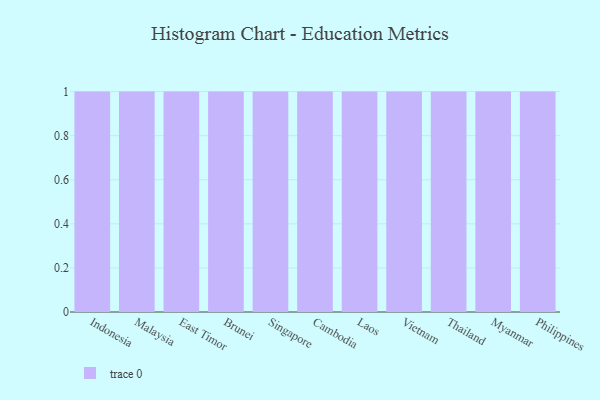
{"axis": {"x": "Country", "y": "Active Users"}, "legend": [""], "data": [{"x": "Indonesia", "y": 96, "type": ""}, {"x": "Malaysia", "y": 70, "type": ""}, {"x": "East Timor", "y": 36, "type": ""}, {"x": "Brunei", "y": 36, "type": ""}, {"x": "Singapore", "y": 87, "type": ""}, {"x": "Cambodia", "y": 81, "type": ""}, {"x": "Laos", "y": 4, "type": ""}, {"x": "Vietnam", "y": 12, "type": ""}, {"x": "Thailand", "y": 19, "type": ""}, {"x": "Myanmar", "y": 94, "type": ""}, {"x": "Philippines", "y": 82, "type": ""}]}